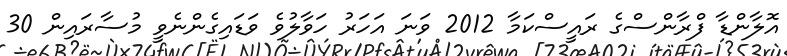
އޮލާންޑާ ފްރާންސްގެ ރައީސްކަމާ 2012 ވަނަ އަހަރު ހަވާލުވެ ވަޑައިގެންނެވީ މުސާރައިން 30